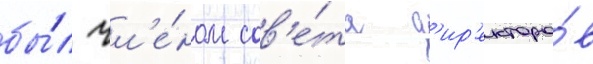
бы́л чл'е́ном сов'е́та д'ир'екторо́в